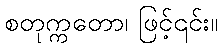
စတုက္ကတော၊ ဖြင့်၎င်း။